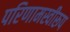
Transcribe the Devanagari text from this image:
परिणामस्वीरूप